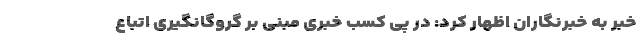
خبر به خبرنگاران اظهار کرد: در پی کسب خبری مبنی بر گروگانگیری اتباع